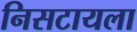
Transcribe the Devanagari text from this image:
निसटायला